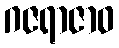
ဂဇရာဇာဝ